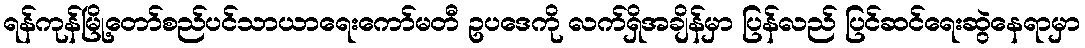
ရန်ကုန်မြို့တော်စည်ပင်သာယာရေးကော်မတီ ဥပဒေကို လက်ရှိအချိန်မှာ ပြန်လည် ပြင်ဆင်ရေးဆွဲနေရာမှာ